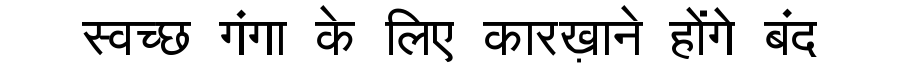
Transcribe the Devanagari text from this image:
स्वच्छ गंगा के लिए कारख़ाने होंगे बंद